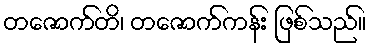
တဇောက်တိ၊ တဇောက်ကန်း ဖြစ်သည်။